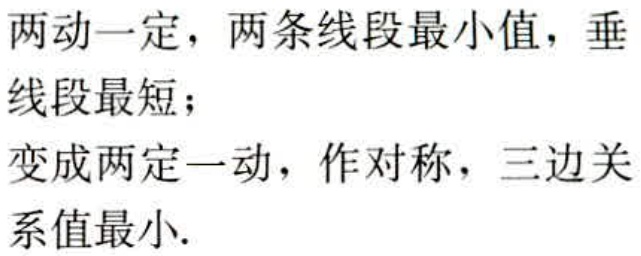
两动一定，两条线段最小值，垂线段最短；

变成两定一动，作对称，三边关系值最小.